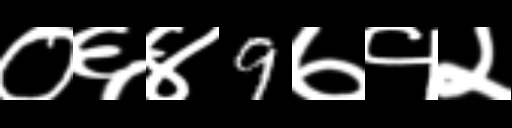
Text: ०६४9७१२